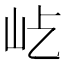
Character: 𡵊